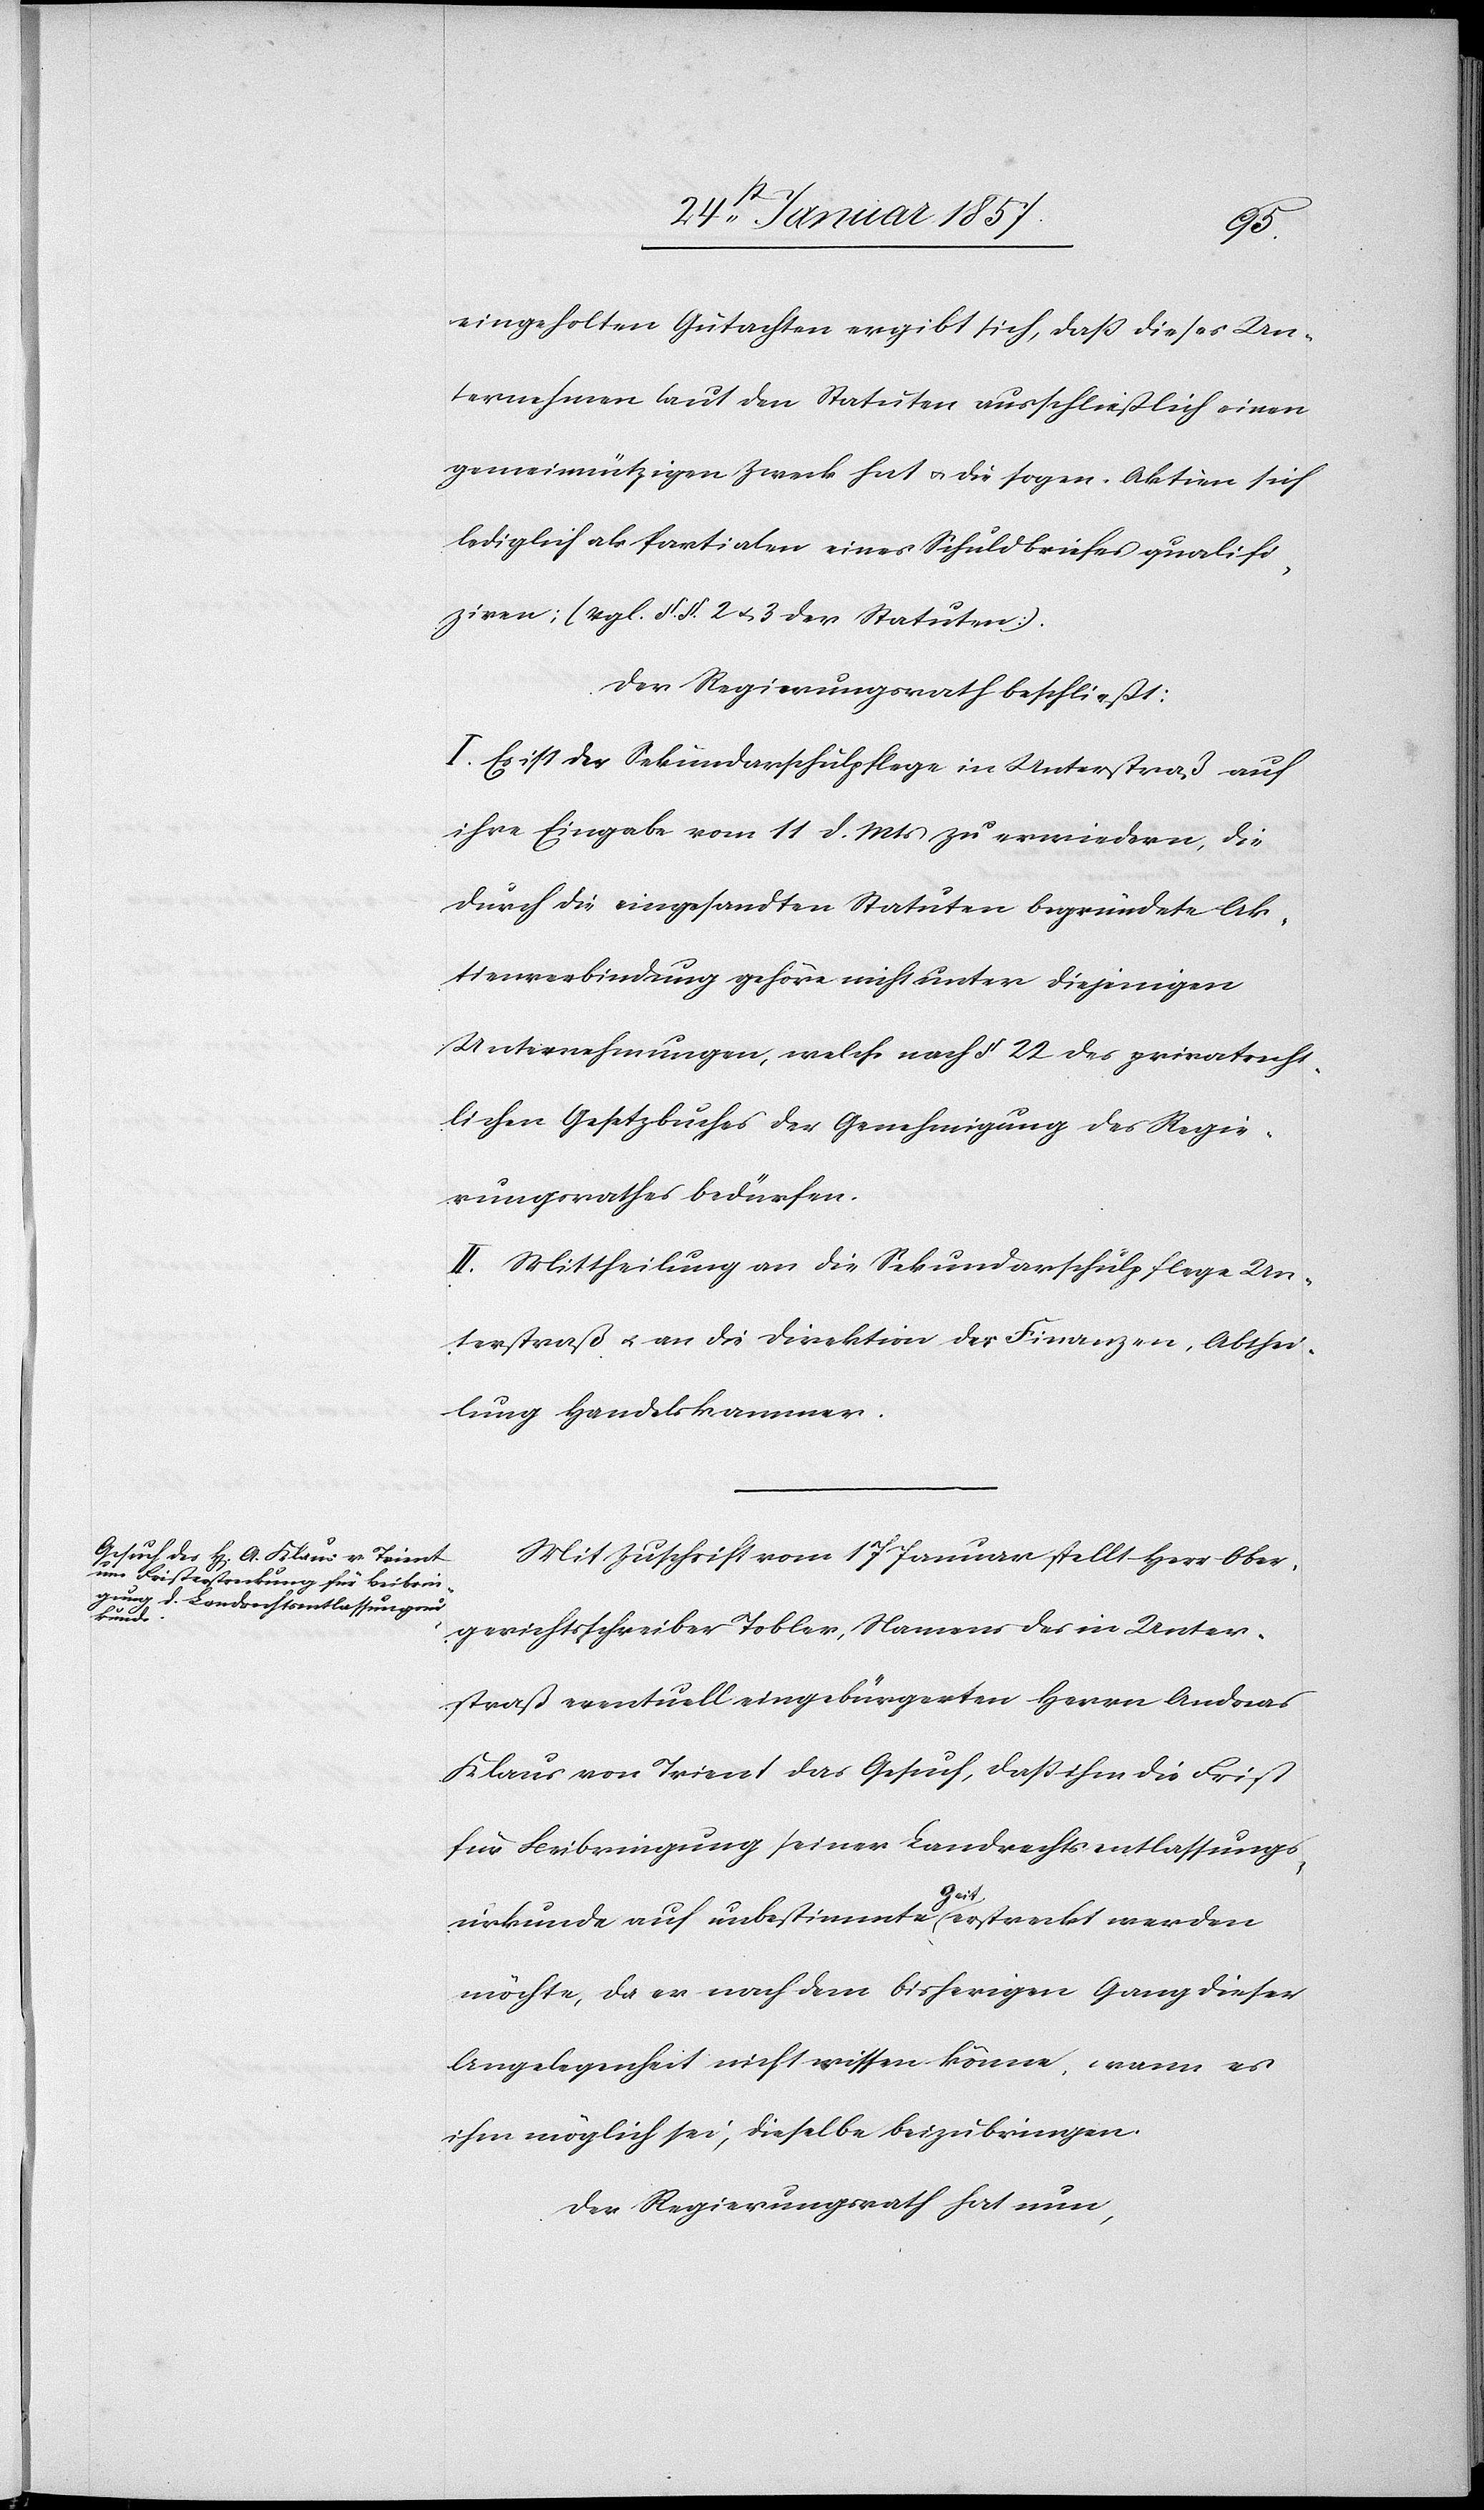
eingeholten Gutachten ergibt sich, daß dieses Un¬
ternehmen laut den Statuten ausschließlich einen
gemeinnützigen Zweck hat u. die sogen. Aktien sich
lediglich als Partialen eines Schuldbriefes qualifi¬
zieren [vgl. §. § 2 & 3 der Statuten].
Der Regierungsrath beschließt:
I. Es ist der Sekundarschulpflege in Unterstraß auf
ihre Eingabe vom 11 d. Mts zu erwiedern, die
durch die eingesandten Statuten begründete Ak¬
tienverbindung gehöre nicht unter diejenigen
Unternehmungen, welche nach § 22 des privatrecht¬
lichen Gesetzbuches der Genehmigung des Regie¬
rungsrathes bedürfen.
II. Mittheilung an die Sekundarschulpflege Un¬
terstraß u. an die Direktion der Finanzen, Abthei¬
lung Handelskammer.
Mit Zuschrift vom 17 Januar stellt Herr Ober¬
gerichtsschreiber Tobler, Namens des in Unter¬
straß eventuell eingebürgerten Herrn Andreas
Klaus von Trient das Gesuch, daß ihm die Frist
für Beibringung seiner Landrechtsentlassungs¬
urkunde auf unbestimmte a-Zeit-a erstreckt werden
möchte, da er nach dem bisherigen Gang dieser
Angelegenheit nicht wissen könne, wann es
ihm möglich sei, dieselbe beizubringen.
Der Regierungsrath hat nun,